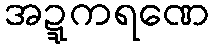
အဍ္ဍကရဏေ